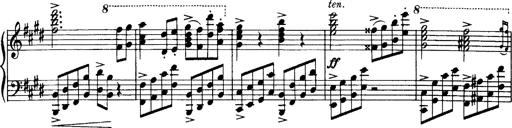
Title: OuvertÃ¼re zu TannhÃ¤user
Composer: Franz Liszt